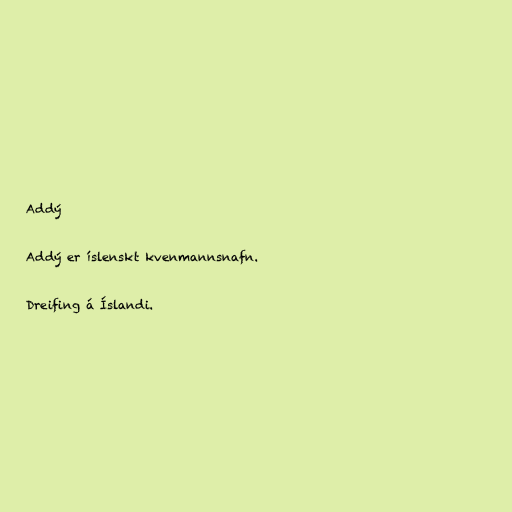
Addý

Addý er íslenskt kvenmannsnafn.

Dreifing á Íslandi.